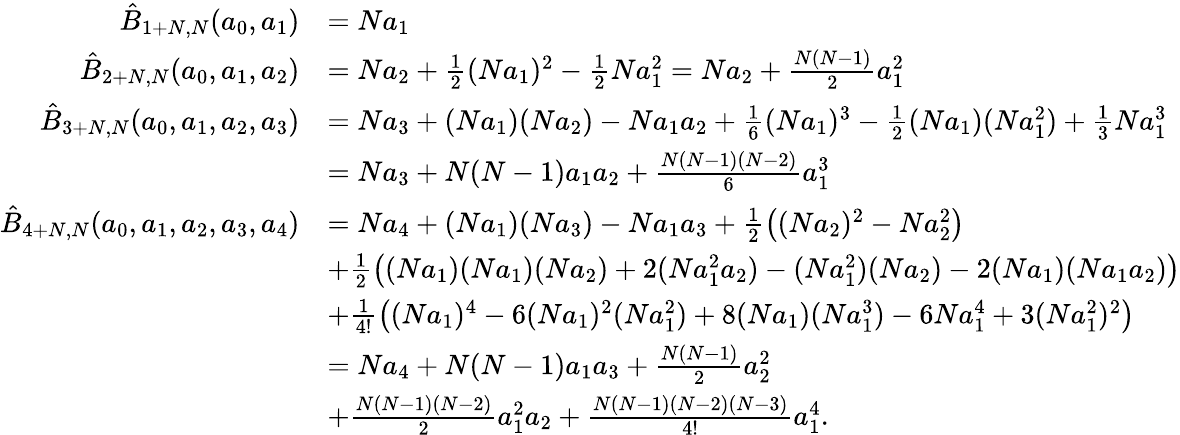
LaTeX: \begin{array}{rl}{\hat{B}_{1+N,N}(a_{0},a_{1})}&{=Na_{1}}\\ {\hat{B}_{2+N,N}(a_{0},a_{1},a_{2})}&{=Na_{2}+\frac{1}{2}(Na_{1})^{2}-\frac{1}{2}Na_{1}^{2}=Na_{2}+\frac{N(N-1)}{2}a_{1}^{2}}\\ {\hat{B}_{3+N,N}(a_{0},a_{1},a_{2},a_{3})}&{=Na_{3}+(Na_{1})(Na_{2})-Na_{1}a_{2}+\frac{1}{6}(Na_{1})^{3}-\frac{1}{2}(Na_{1})(Na_{1}^{2})+\frac{1}{3}Na_{1}^{3}}\\ &{=Na_{3}+N(N-1)a_{1}a_{2}+\frac{N(N-1)(N-2)}{6}a_{1}^{3}}\\ {\hat{B}_{4+N,N}(a_{0},a_{1},a_{2},a_{3},a_{4})}&{=Na_{4}+(Na_{1})(Na_{3})-Na_{1}a_{3}+\frac{1}{2}\left((Na_{2})^{2}-Na_{2}^{2}\right)}\\ &{+\frac{1}{2}\left((Na_{1})(Na_{1})(Na_{2})+2(Na_{1}^{2}a_{2})-(Na_{1}^{2})(Na_{2})-2(Na_{1})(Na_{1}a_{2})\right)}\\ &{+\frac{1}{4!}\left((Na_{1})^{4}-6(Na_{1})^{2}(Na_{1}^{2})+8(Na_{1})(Na_{1}^{3})-6Na_{1}^{4}+3(Na_{1}^{2})^{2}\right)}\\ &{=Na_{4}+N(N-1)a_{1}a_{3}+\frac{N(N-1)}{2}a_{2}^{2}}\\ &{+\frac{N(N-1)(N-2)}{2}a_{1}^{2}a_{2}+\frac{N(N-1)(N-2)(N-3)}{4!}a_{1}^{4}.}\end{array}